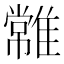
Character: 𩀯